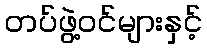
တပ်ဖွဲ့ဝင်များနှင့်